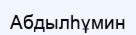
Абдылһұмин